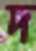
দ